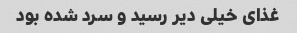
غذای خیلی دیر رسید و سرد شده بود